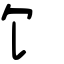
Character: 饣